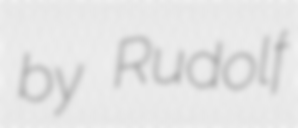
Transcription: by Rudolf